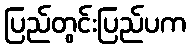
ပြည်တွင်းပြည်ပက